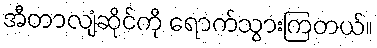
အီတာလျံဆိုင်ကို ရောက်သွားကြတယ်။